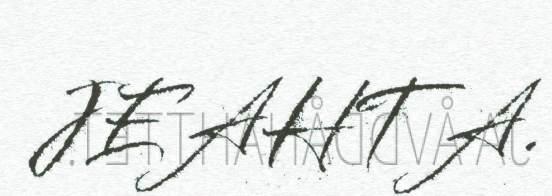
JEAHTA.